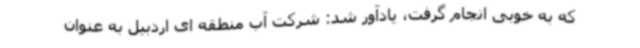
که به خوبی انجام گرفت، یادآور شد: شرکت آب منطقه ای اردبیل به عنوان